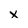
Character: x